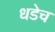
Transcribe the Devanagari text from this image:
धडेच